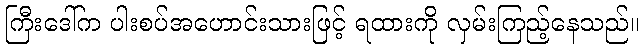
ကြီးဒေါ်က ပါးစပ်အဟောင်းသားဖြင့် ရထားကို လှမ်းကြည့်နေသည်။